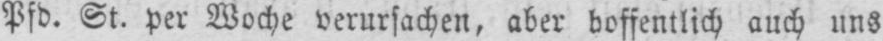
Pfd. St. per Woche verursachen, aber hoffentlich auch uns